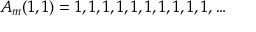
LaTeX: A _ { m } ( 1 , 1 ) = 1 , 1 , 1 , 1 , 1 , 1 , 1 , 1 , 1 , 1 , \ldots